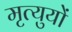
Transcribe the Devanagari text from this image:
मृत्युयों